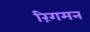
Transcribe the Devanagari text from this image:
रिंगमन